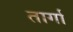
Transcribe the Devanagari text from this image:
तार्गा